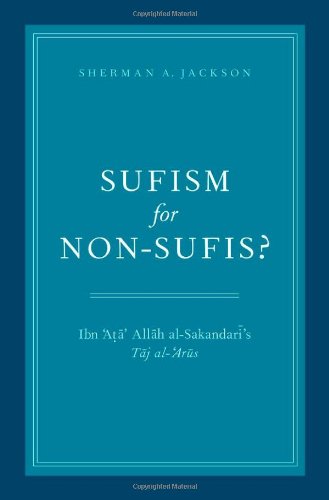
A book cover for Sufism for Non-Sufis?: Ibn 'Ata' Allah al-Sakandari's Taj al-'Arus; Sherman A. Jackson; Religion & Spirituality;